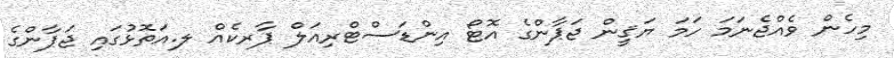
މިހެން ވެއްޖެނަމަ ހަމަ ޔަޤީން ޖަޕާންގެ އޮޓޯ އިންޑަސްޓްރިއަލް ޕާރކެއް ލ.އަތޮޅުގައި ޖަޕާންގެ